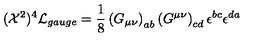
( { \cal X } ^ { 2 } ) ^ { 4 } { \cal L } _ { g a u g e } = \frac { 1 } { 8 } \left( G _ { \mu \nu } \right) _ { a b } \left( G ^ { \mu \nu } \right) _ { c d } \epsilon ^ { b c } \epsilon ^ { d a }